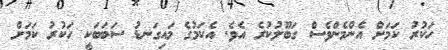
ހަކުރު ކަމަށް އެންމެންވެސް ގަބޫލުކުރެ އެވެ. އެކަމުގެ މައިގަނޑު ސަބަބަކީ ހަކުރު ކަމަށް